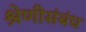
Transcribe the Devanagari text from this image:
श्रेणीसंबंध